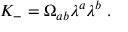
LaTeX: K _ { - } = \Omega _ { a b } \lambda ^ { a } \lambda ^ { b } \ .